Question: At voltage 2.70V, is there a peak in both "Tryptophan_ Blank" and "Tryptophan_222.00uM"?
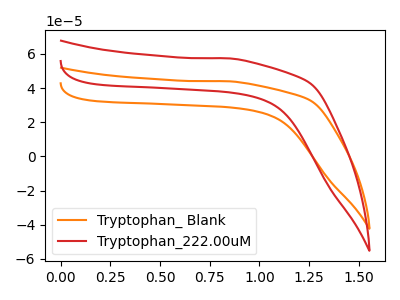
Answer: <think>The orange curve "Tryptophan_ Blank" has no peaks. The red curve "Tryptophan_222.00uM" has no peaks.</think>
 <answer>No, "Tryptophan_ Blank" and "Tryptophan_222.00uM" dont share a peak at 2.70V.</answer>
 <eval>mismatch</eval>